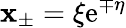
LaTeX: \mathbf{x}_{\pm}=\xi\mathrm{{e}}^{\mp\eta}